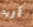
أريد